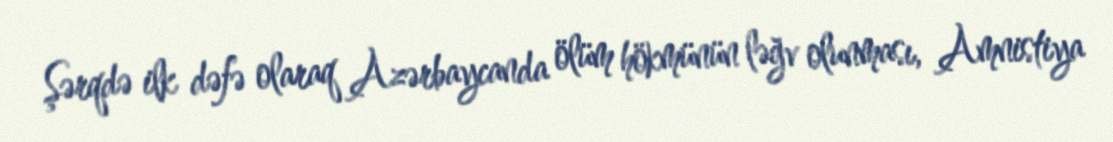
Şərqdə ilk dəfə olaraq Azərbaycanda ölüm hökmünün ləğv olunması, Amnistiya